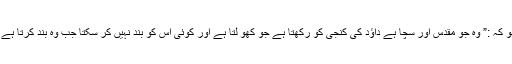
“ فلد لفیہ کی کلیسا کے فرشتے کو یہ لکھو کہ :” وہ جو مقدس اور سچا ہے داؤد کی کنجی کو رکھتا ہے جو کھو لتا ہے اور کوئی اس کو بند نہیں کر سکتا جب وہ بند کرتا ہے تو اس کو دوبارہ کوئی نہیں کھو ل سکتا۔